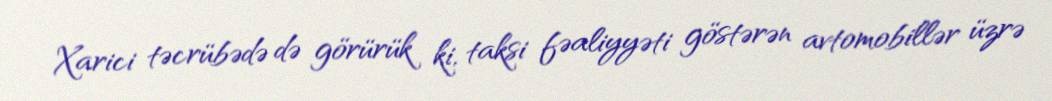
Xarici təcrübədə də görürük ki, taksi fəaliyyəti göstərən avtomobillər üzrə